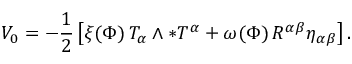
V _ { 0 } = - { \frac { 1 } { 2 } } \left[ \xi ( \Phi ) \, T _ { \alpha } \wedge \ast T ^ { \alpha } + \omega ( \Phi ) \, R ^ { \alpha \beta } \eta _ { \alpha \beta } \right] .